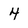
Character: 4